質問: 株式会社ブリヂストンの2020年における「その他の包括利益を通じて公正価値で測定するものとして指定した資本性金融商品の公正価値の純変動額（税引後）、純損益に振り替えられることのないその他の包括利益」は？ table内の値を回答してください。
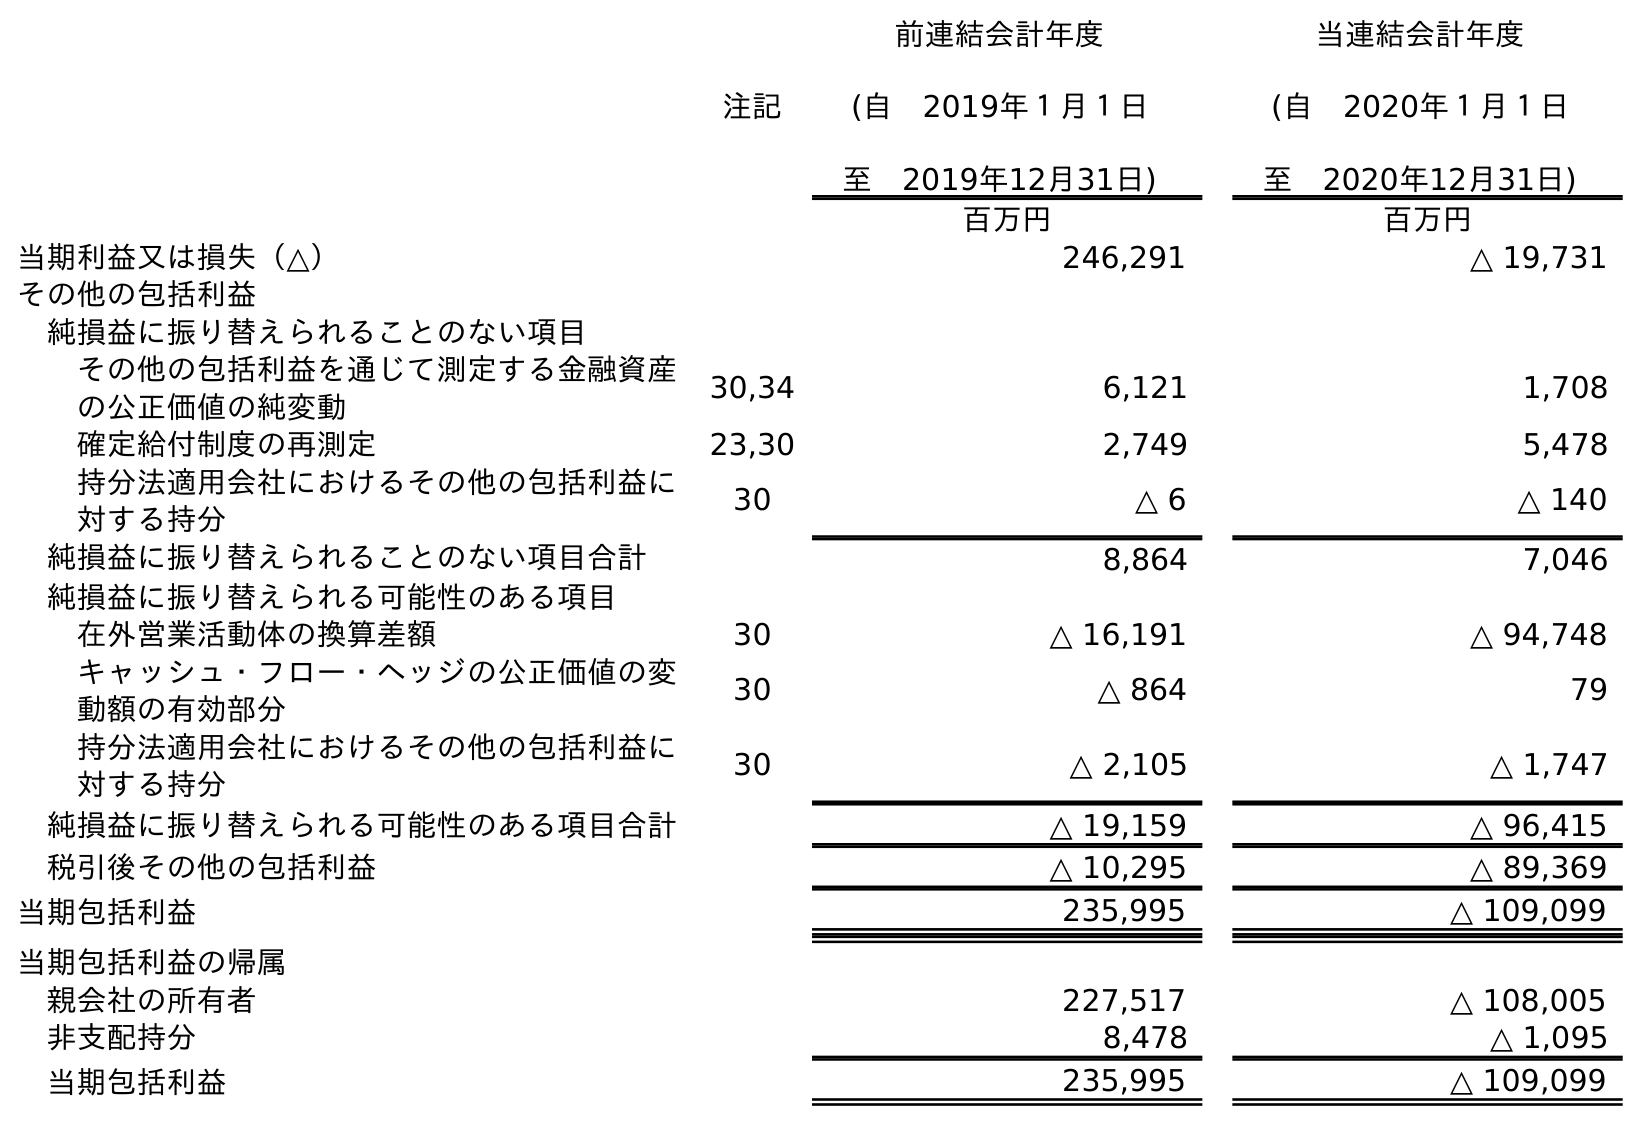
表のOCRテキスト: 注記 前連結会計年度 (自 2019年１月１日 至 2019年12月31日) 当連結会計年度 (自 2020年１月１日 至 2020年12月31日) 百万円 百万円 当期利益又は損失（△） 246,291 △ 19,731 その他の包括利益 純損益に振り替えられることのない項目 その他の包括利益を通じて測定する金融資産 の公正価値の純変動 30,34 6,121 1,708 確定給付制度の再測定 23,30 2,749 5,478 持分法適用会社におけるその他の包括利益に 対する持分 30 △ 6 △ 140 純損益に振り替えられることのない項目合計 8,864 7,046 純損益に振り替えられる可能性のある項目 在外営業活動体の換算差額 30 △ 16,191 △ 94,748 キャッシュ・フロー・ヘッジの公正価値の変 動額の有効部分 30 △ 864 79 持分法適用会社におけるその他の包括利益に 対する持分 30 △ 2,105 △ 1,747 純損益に振り替えられる可能性のある項目合計 △ 19,159 △ 96,415 税引後その他の包括利益 △ 10,295 △ 89,369 当期包括利益 235,995 △ 109,099 当期包括利益の帰属 親会社の所有者 227,517 △ 108,005 非支配持分 8,478 △ 1,095 当期包括利益 235,995 △ 109,099
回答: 1,708